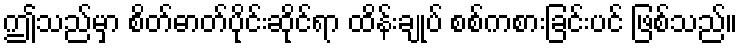
ဤသည်မှာ စိတ်ဓာတ်ပိုင်းဆိုင်ရာ ထိန်းချုပ် စစ်ကစားခြင်းပင် ဖြစ်သည်။